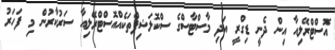
އޮސްޓްރޭލިއާ އިން ދެނީ ޑިގްރީ އަދި މާސްޓާސްގެ ސްކޮލަޝިޕްތަކެއްއޮސްޓްރޭލިއާ ސަރުކާރުން މި ފަހަރު